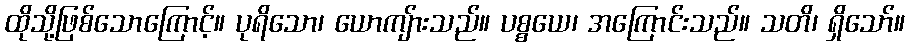
ထိုသို့ဖြစ်သောကြောင့်။ ပုရိသော၊ ယောကျ်ားသည်။ ပစ္စယေ၊ အကြောင်းသည်။ သတိ၊ ရှိသော်။